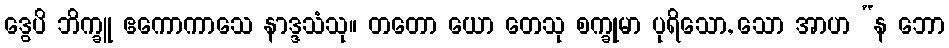
ဒွေပိ ဘိက္ခူ ဧကောကာသေ နာဒ္ဒသံသု။ တတော ယော တေသု စက္ခုမာ ပုရိသော, သော အာဟ “န ဘော